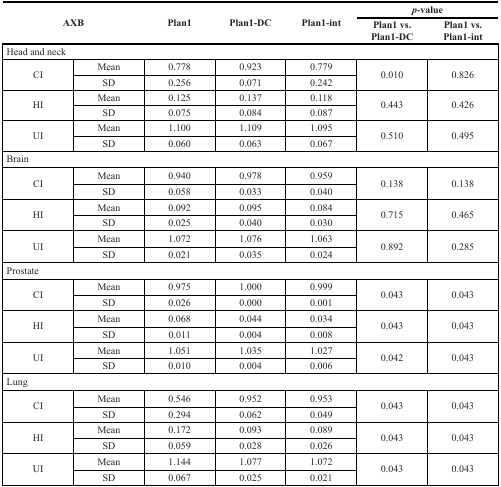
<table><thead><tr><td rowspan="2" colspan="2"><b>AXB</b></td><td rowspan="2"><b>Plan1</b></td><td rowspan="2"><b>Plan1-DC</b></td><td rowspan="2"><b>Plan1-int</b></td><td colspan="2"><b><i>p</i>-value</b></td></tr><tr><td><b>Plan1 vs. Plan1-DC</b></td><td><b>Plan1 vs. Plan1-int</b></td></tr></thead><tbody><tr><td colspan="7">Head and neck</td></tr><tr><td rowspan="2">CI</td><td>Mean</td><td>0.778</td><td>0.923</td><td>0.779</td><td rowspan="2">0.010</td><td rowspan="2">0.826</td></tr><tr><td>SD</td><td>0.256</td><td>0.071</td><td>0.242</td></tr><tr><td rowspan="2">HI</td><td>Mean</td><td>0.125</td><td>0.137</td><td>0.118</td><td rowspan="2">0.443</td><td rowspan="2">0.426</td></tr><tr><td>SD</td><td>0.075</td><td>0.084</td><td>0.087</td></tr><tr><td rowspan="2">UI</td><td>Mean</td><td>1.100</td><td>1.109</td><td>1.095</td><td rowspan="2">0.510</td><td rowspan="2">0.495</td></tr><tr><td>SD</td><td>0.060</td><td>0.063</td><td>0.067</td></tr><tr><td colspan="7">Brain</td></tr><tr><td rowspan="2">CI</td><td>Mean</td><td>0.940</td><td>0.978</td><td>0.959</td><td rowspan="2">0.138</td><td rowspan="2">0.138</td></tr><tr><td>SD</td><td>0.058</td><td>0.033</td><td>0.040</td></tr><tr><td rowspan="2">HI</td><td>Mean</td><td>0.092</td><td>0.095</td><td>0.084</td><td rowspan="2">0.715</td><td rowspan="2">0.465</td></tr><tr><td>SD</td><td>0.025</td><td>0.040</td><td>0.030</td></tr><tr><td rowspan="2">UI</td><td>Mean</td><td>1.072</td><td>1.076</td><td>1.063</td><td rowspan="2">0.892</td><td rowspan="2">0.285</td></tr><tr><td>SD</td><td>0.021</td><td>0.035</td><td>0.024</td></tr><tr><td colspan="7">Prostate</td></tr><tr><td rowspan="2">CI</td><td>Mean</td><td>0.975</td><td>1.000</td><td>0.999</td><td rowspan="2">0.043</td><td rowspan="2">0.043</td></tr><tr><td>SD</td><td>0.026</td><td>0.000</td><td>0.001</td></tr><tr><td rowspan="2">HI</td><td>Mean</td><td>0.068</td><td>0.044</td><td>0.034</td><td rowspan="2">0.043</td><td rowspan="2">0.043</td></tr><tr><td>SD</td><td>0.011</td><td>0.004</td><td>0.008</td></tr><tr><td rowspan="2">UI</td><td>Mean</td><td>1.051</td><td>1.035</td><td>1.027</td><td rowspan="2">0.042</td><td rowspan="2">0.043</td></tr><tr><td>SD</td><td>0.010</td><td>0.004</td><td>0.006</td></tr><tr><td colspan="7">Lung</td></tr><tr><td rowspan="2">CI</td><td>Mean</td><td>0.546</td><td>0.952</td><td>0.953</td><td rowspan="2">0.043</td><td rowspan="2">0.043</td></tr><tr><td>SD</td><td>0.294</td><td>0.062</td><td>0.049</td></tr><tr><td rowspan="2">HI</td><td>Mean</td><td>0.172</td><td>0.093</td><td>0.089</td><td rowspan="2">0.043</td><td rowspan="2">0.043</td></tr><tr><td>SD</td><td>0.059</td><td>0.028</td><td>0.026</td></tr><tr><td rowspan="2">UI</td><td>Mean</td><td>1.144</td><td>1.077</td><td>1.072</td><td rowspan="2">0.043</td><td rowspan="2">0.043</td></tr><tr><td>SD</td><td>0.067</td><td>0.025</td><td>0.021</td></tr></tbody></table>